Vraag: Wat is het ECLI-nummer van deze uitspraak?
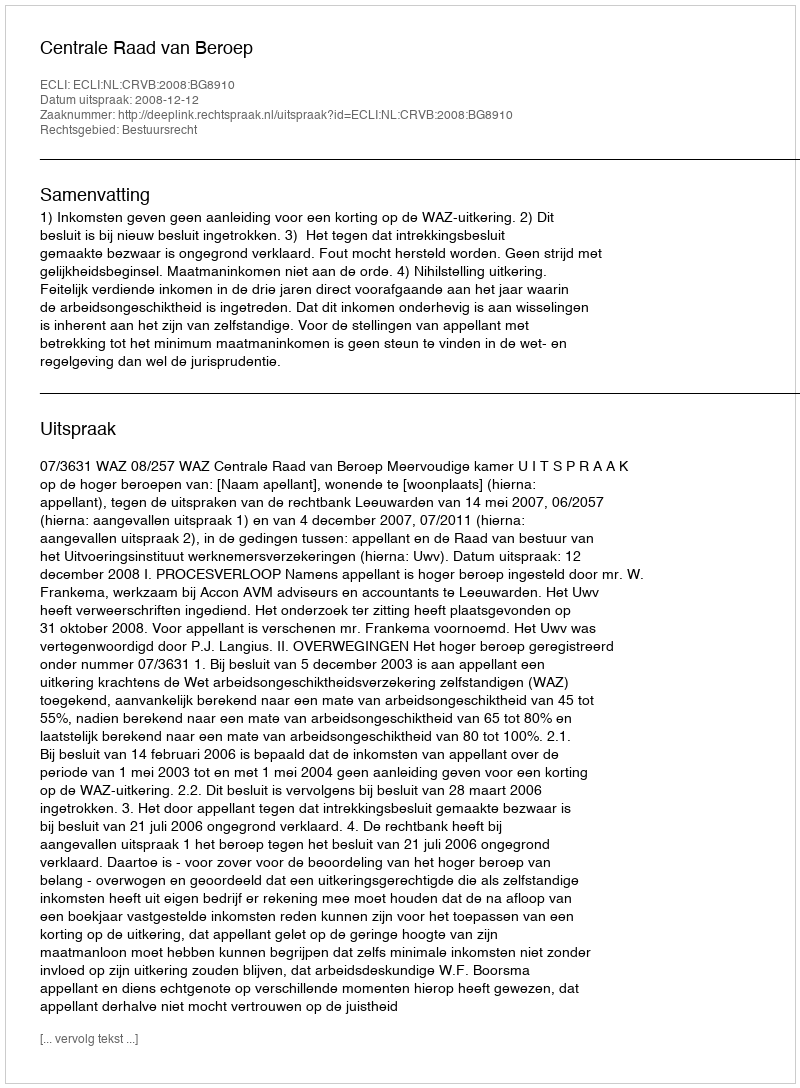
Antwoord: ECLI:NL:CRVB:2008:BG8910